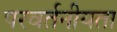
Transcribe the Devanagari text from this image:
परवर्तनीयता